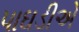
પાઘડીએ